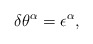
\begin{align*}\delta \theta^{\alpha} = \epsilon^{\alpha},\end{align*}